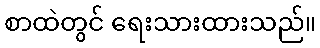
စာထဲတွင် ရေးသားထားသည်။